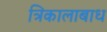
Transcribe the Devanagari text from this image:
त्रिकालाबाध